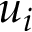
u _ { i }